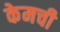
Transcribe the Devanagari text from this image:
केमची